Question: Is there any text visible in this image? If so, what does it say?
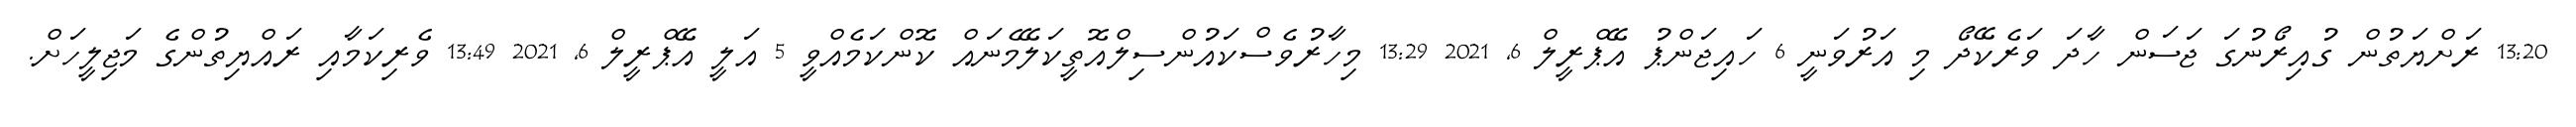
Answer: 13:20 ރަށްޔަތުން ގުއިރޯނުގަ ޖަސަން ހާދަ ވަރެކޭދޯ މި އަރުވަނީ 6 ހައިޖަންޕު އޭޕްރީލް 6, 2021 13:29 މިހާރުވެސްކައުންސިލްއޮތީކަލޭމެނައް ކޮންކަމެއްވީ 5 އަލީ އޭޕްރީލް 6, 2021 13:49 ވެރިކަމާއި ރައްޔިތުންގެ މަޖިލީހަށް.